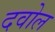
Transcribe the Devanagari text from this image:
दवोल